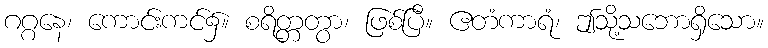
ဂဂ္ဂနေ၊ ကောင်းကင်၌။ စရိတ္တတွာ၊ ဖြစ်ပြီ။ ဧတံကာရံ၊ ဤသို့သဘောရှိသော။